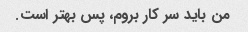
من باید سر کار بروم، پس بهتر است.